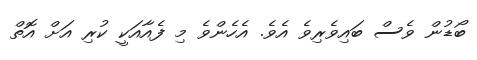
ބޯޑުން ވެސް ބައިވެރިވެ އެވެ. އެހެންވެ މި ފެއާއަކީ ކުރި އަށް އޮތް